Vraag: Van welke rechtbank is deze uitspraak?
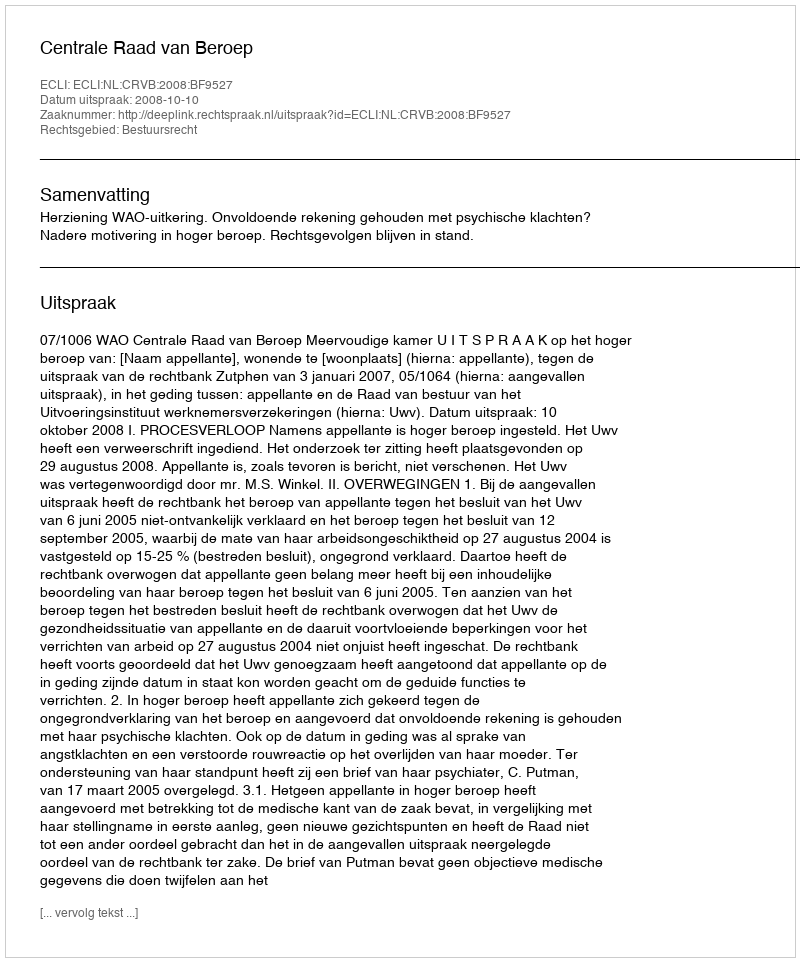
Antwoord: Centrale Raad van Beroep